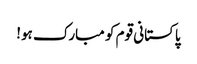
پاکستانی قوم کو مبارک ہو!